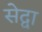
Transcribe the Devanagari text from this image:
सेद्वा